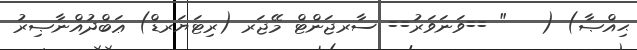
ޙިއްޞާ) (   " ==ވަނަވަރު== ސާރޖަންޓް މޭޖަރ (ރިޓަޔަރޑް) ޢަބްދުއްނާޞިރު